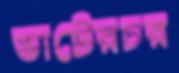
ভাটেরচর